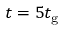
t = 5 t _ { \mathrm { g } }